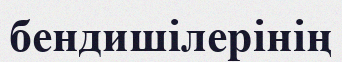
бендишілерінің